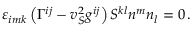
\varepsilon _ { i m k } \left( \Gamma ^ { i j } - v _ { S } ^ { 2 } g ^ { i j } \right) { \cal S } ^ { k l } n ^ { m } n _ { l } = 0 \, .